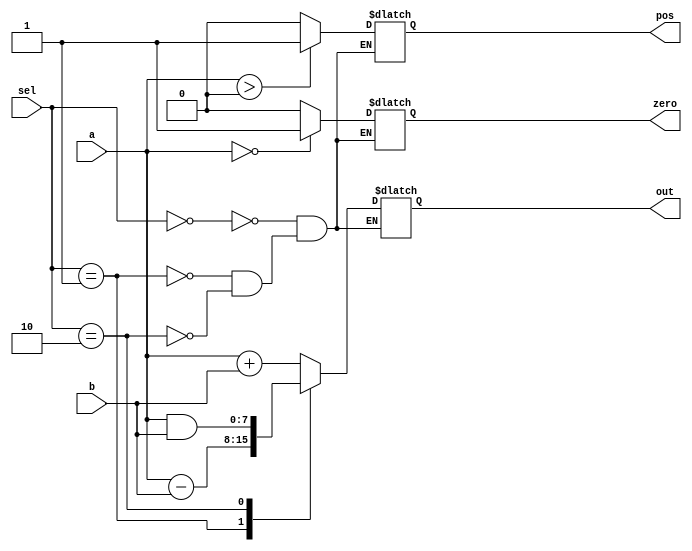
/* Reiner Dizon
 * Simple 8-bit microprocessor (MP-8)
 * Arithmetic Logic Unit (ALU) Module
 */
module alu (a, b, sel, out, zero, pos);
	input [7:0] a, b;		// a - Accumulator, b - Memory
	input [1:0] sel;		// from Control Unit (ALUControl signal)
	output reg [7:0] out;	// fed back to Accumulator MUX
	output reg zero, pos;	// used for JZ, JPOS instructions
	
	initial begin
		out = 0;
		zero = 1'b0;
		pos = 1'b0;
	end
	
	always @ (*) begin 
		case(sel)
			2'b00: begin // ADD
				out = a + b;
				if(a == 0) zero = 1;
				else zero = 0;
				if(a > 0) pos = 1;
				else pos = 0;
			end
			2'b01: begin // SUB
				out = a - b;
				if(a == 0) zero = 1;
				else zero = 0;
				if(a > 0) pos = 1;
				else pos = 0;
			end
			2'b10: begin // AND
				out = a & b;
				if(a == 0) zero = 1;
				else zero = 0;
				if(a > 0) pos = 1;
				else pos = 0;
			end
		endcase
	end
endmodule